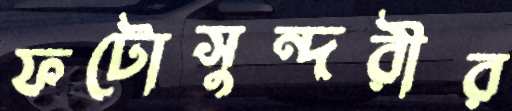
ফটোসুন্দরীর